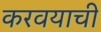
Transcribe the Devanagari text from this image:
करवयाची